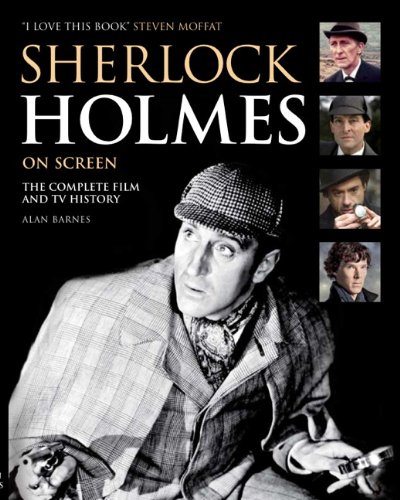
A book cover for Sherlock Holmes On Screen (Updated Edition); Alan Barnes; Humor & Entertainment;